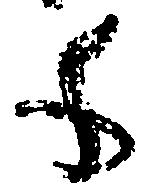
千